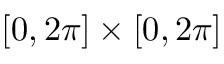
[ 0 , 2 \pi ] \times [ 0 , 2 \pi ]